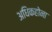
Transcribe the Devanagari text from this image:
अधिकहोना